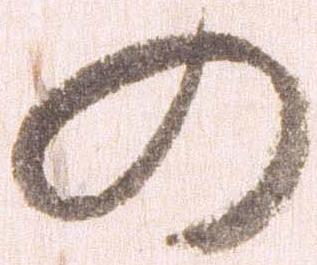
の